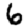
Digit: 6